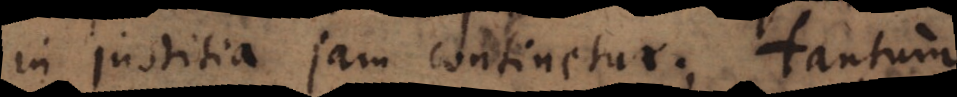
in justitia jam continetur; tantum